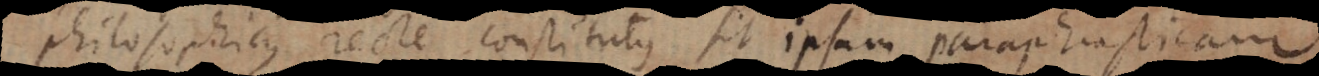
philosophicus recte constitutus sit ipsam paraphrasticam